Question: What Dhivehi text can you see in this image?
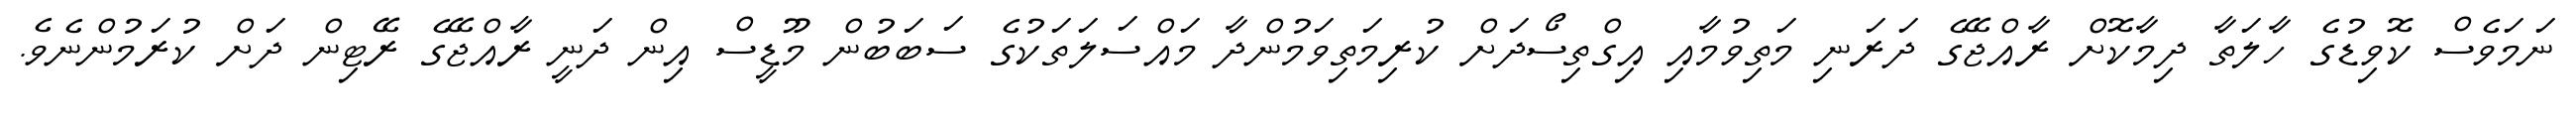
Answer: ނަމަވެސް ކޮވިޑުގެ ހާލަތާ ދިމާކޮށް ރާއްޖޭގެ ދަރަނި މަތިވުމާއި އިގްތިސޯދަށް ކުރިމަތިވަމުންދާ މައްސަލަތަކުގެ ސަބަބުން މޫޑީސް އިން ދަނީ ރާއްޖޭގެ ރޭޓިން ދަށް ކުރަމުންނެވެ.